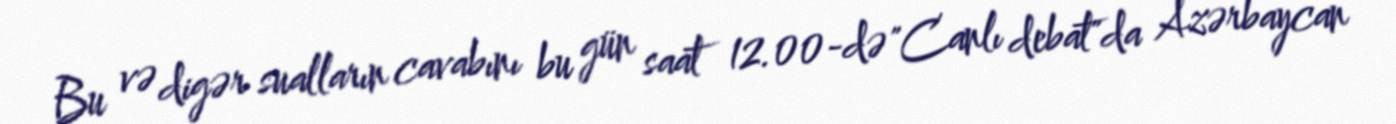
Bu və digər sualların cavabını bu gün saat 12.00-də "Canlı debat"da Azərbaycan